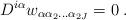
LaTeX: \begin{align*} D^{i\alpha}w_{\alpha\alpha_2\ldots\alpha_{2J}} = 0\;.\end{align*}